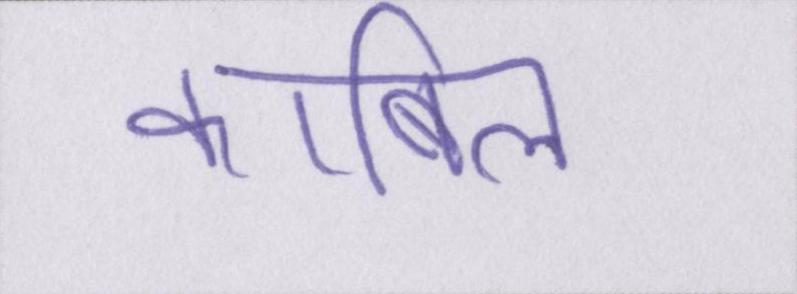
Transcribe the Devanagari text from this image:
काबिल